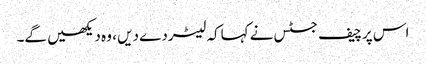
اس پرچیف جسٹس نے کہاکہ لیٹردے دیں ، وہ دیکھیں گے۔